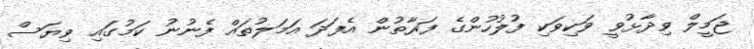
ޖަމީލް ވިދާޅުވީ ވަކިވަކި ފުލުހުންގެ ފަރާތުން އެފަދަ އަމަލުތައް ފެނުނު ކަމުގައި ވިޔަސް